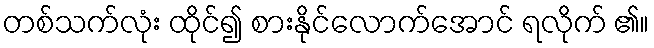
တစ်သက်လုံး ထိုင်၍ စားနိုင်လောက်အောင် ရလိုက် ၏။